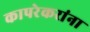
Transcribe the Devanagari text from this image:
कापरेकरांना